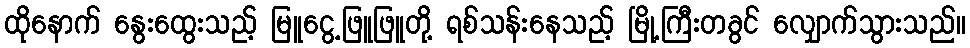
ထိုနောက် နွေးထွေးသည့် မြူငွေ့ဖြူဖြူတို့ ရစ်သန်းနေသည့် မြို့ကြီးတခွင် လျှောက်သွားသည်။